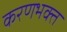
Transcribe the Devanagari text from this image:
करणभक्त